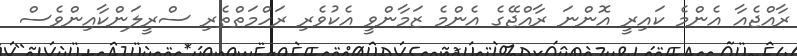
ރާއްޖެއާ އެންމެ ކައިރީ އޮންނަ ރާއްޖޭގެ އެންމެ ޒަމާންވީ އެކުވެރި ރަހްމަތްތެރި ސްރީލަންކާއިންވެސް